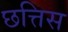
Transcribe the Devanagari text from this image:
छत्तिस